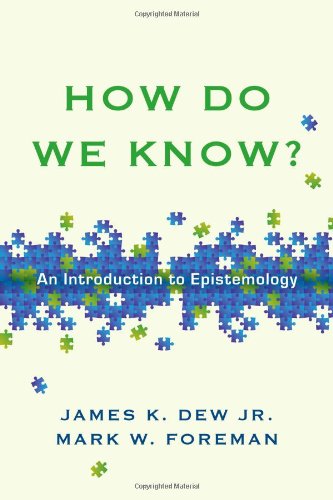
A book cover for How Do We Know?: An Introduction to Epistemology; James K. Dew  Jr.; Politics & Social Sciences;